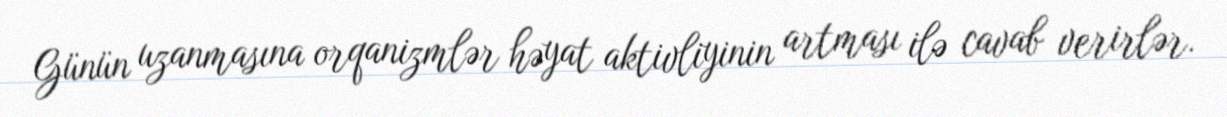
Günün uzanmasına orqanizmlər həyat aktivliyinin artması ilə cavab verirlər.